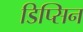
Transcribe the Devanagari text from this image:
डिप्सिन